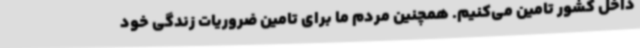
داخل کشور تامین می‌کنیم. همچنین مردم ما برای تامین ضروریات زندگی خود